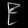
Digit: ၉